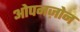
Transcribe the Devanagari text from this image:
ओपनज़ोन